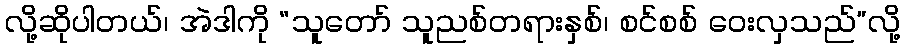
လို့ဆိုပါတယ်၊ အဲဒါကို “သူတော် သူညစ်တရားနှစ်၊ စင်စစ် ဝေးလှသည်”လို့